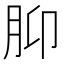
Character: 𫆗